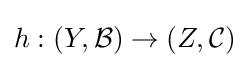
h:(Y,{\mathcal {B}})\to (Z,{\mathcal {C}})